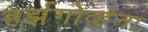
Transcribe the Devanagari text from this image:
हर्झगोव्हेना